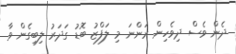
ދެން ވެސް ދިވެހިން ރަންނަ މި ލަފްޒު ބޮޑު ގަދަރު ލިބިގެން ވާ